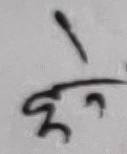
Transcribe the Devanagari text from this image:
हुन्